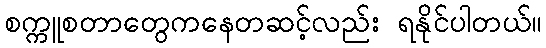
စက္ကူစတာတွေကနေတဆင့်လည်း ရနိုင်ပါတယ်။